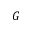
G